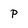
Character: P